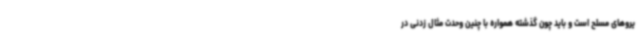
یروهای مسلح است و باید چون گذشته همواره با چنین وحدت مثال زدنی در